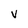
Character: V